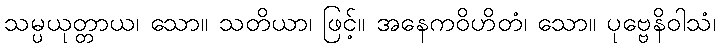
သမ္ပယုတ္တာယ၊ သော။ သတိယာ၊ ဖြင့်။ အနေကဝိဟိတံ၊ သော။ ပုဗ္ဗေနိဝါသံ၊